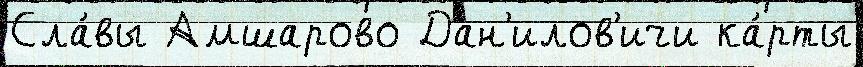
Сла́вы Амшарово Дан'илов'ичи ка́рты